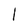
Character: l